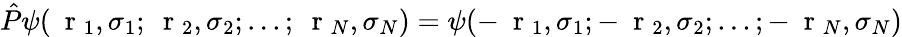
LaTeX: \hat{P}\psi(\mathrm{~\mathbf~r~}_{1},\sigma_{1};\mathrm{~\mathbf~r~}_{2},\sigma_{2};...;\mathrm{~\mathbf~r~}_{N},\sigma_{N})=\psi(-\mathrm{~\mathbf~r~}_{1},\sigma_{1};-\mathrm{~\mathbf~r~}_{2},\sigma_{2};...;-\mathrm{~\mathbf~r~}_{N},\sigma_{N})